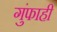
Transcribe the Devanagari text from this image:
गुंफाही